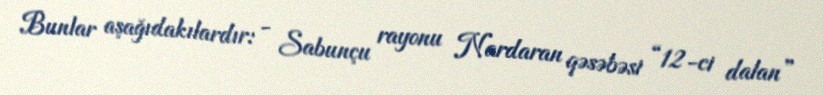
Bunlar aşağıdakılardır: - Sabunçu rayonu Nardaran qəsəbəsi “12-ci dalan”